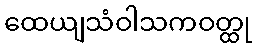
ထေယျသံဝါသကဝတ္ထု